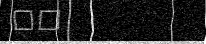
٧٦